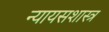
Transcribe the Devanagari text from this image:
न्यायसशास्त्र